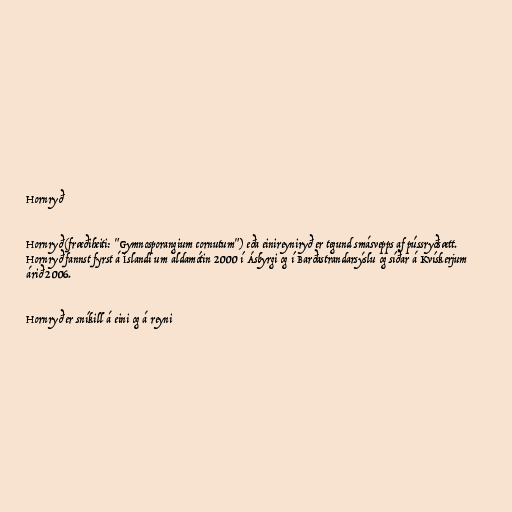
Hornryð

Hornryð (fræðiheiti: "Gymnosporangium cornutum") eða einireyniryð er tegund smásvepps af pússryðsætt.
Hornryð fannst fyrst á Íslandi um aldamótin 2000 í Ásbyrgi og í Barðastrandarsýslu og síðar á Kvískerjum
árið 2006.

Hornryð er sníkill á eini og á reyni